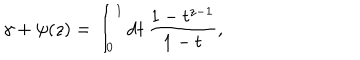
LaTeX: \gamma + \psi ( z ) = \int _ { 0 } ^ { 1 } \mathrm { d } t \, \frac { 1 - t ^ { z - 1 } } { 1 - t } ,